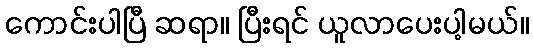
ကောင်းပါပြီ ဆရာ။ ပြီးရင် ယူလာပေးပါ့မယ်။